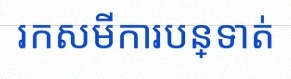
រកសមីការបន្ទាត់